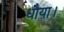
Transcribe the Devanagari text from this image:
धौया।